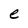
Character: e